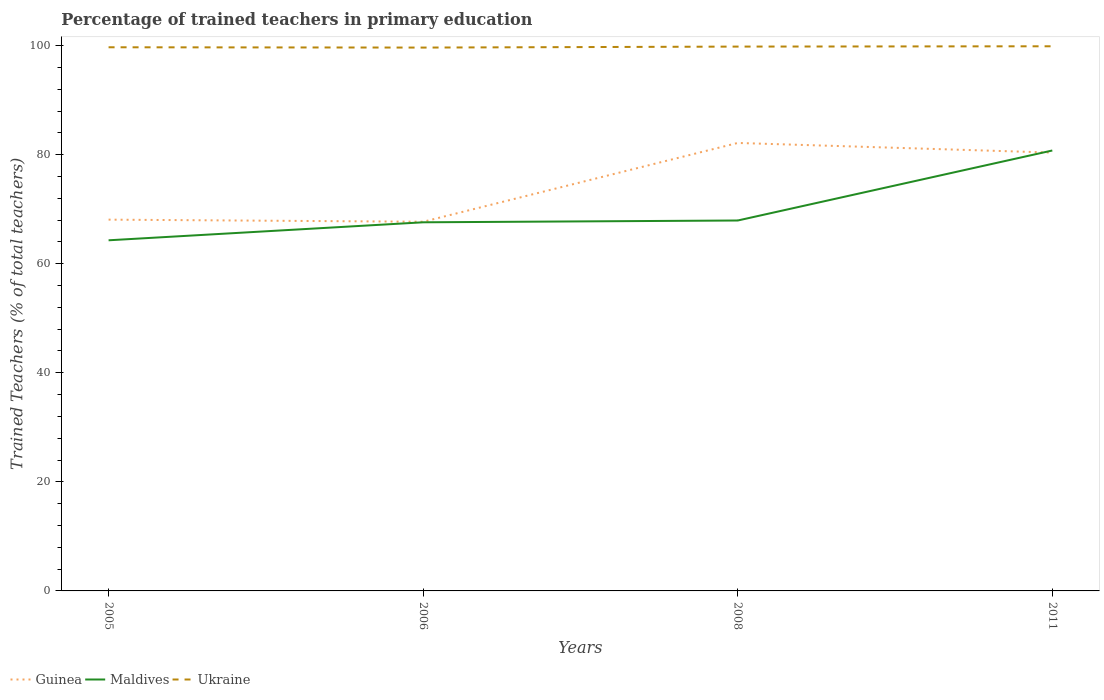
| Years | Guinea | Maldives | Ukraine |
 | --- | --- | --- | --- |
 | 2005 | 68.1 | 64.3 | 99.7 |
 | 2006 | 67.7 | 67.6 | 99.6 |
 | 2008 | 82.1 | 67.9 | 99.8 |
 | 2011 | 80.4 | 80.8 | 99.9 |